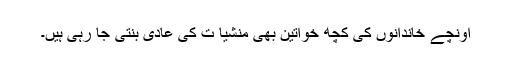
اونچے خاندانوں کی کچھ خواتین بھی منشیا ت کی عادی بنتی جا رہی ہیں۔